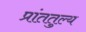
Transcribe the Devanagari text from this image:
प्रांततुल्य